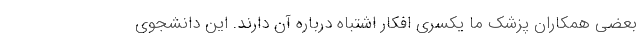
بعضی همکاران پزشک ما یکسری افکار اشتباه درباره آن دارند. این دانشجوی